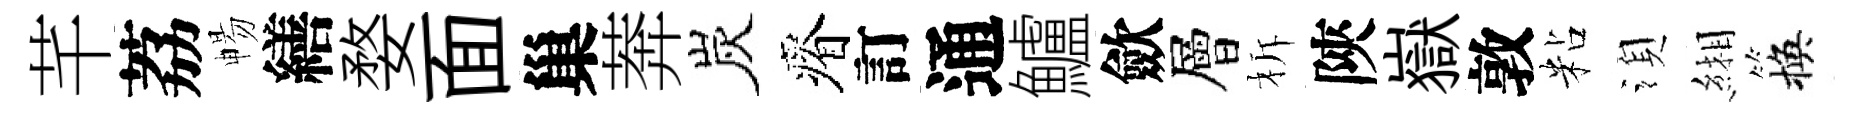
芊荔暢繕婺面巢莾炭瘠訂通鱸歛層柝陝嶽敦粘湏緗換